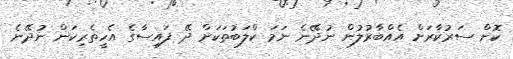
ކޮށް ސަރުކާރަށް އެއްބާރުލުން ނުދޭނެ ނަމަ ކްލަބުތަކަށް ދޭ ފައިސާގެ އެހީތެރިކަން ނުދޭނެ